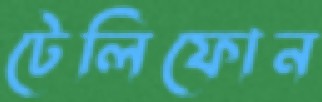
টেলিফোন